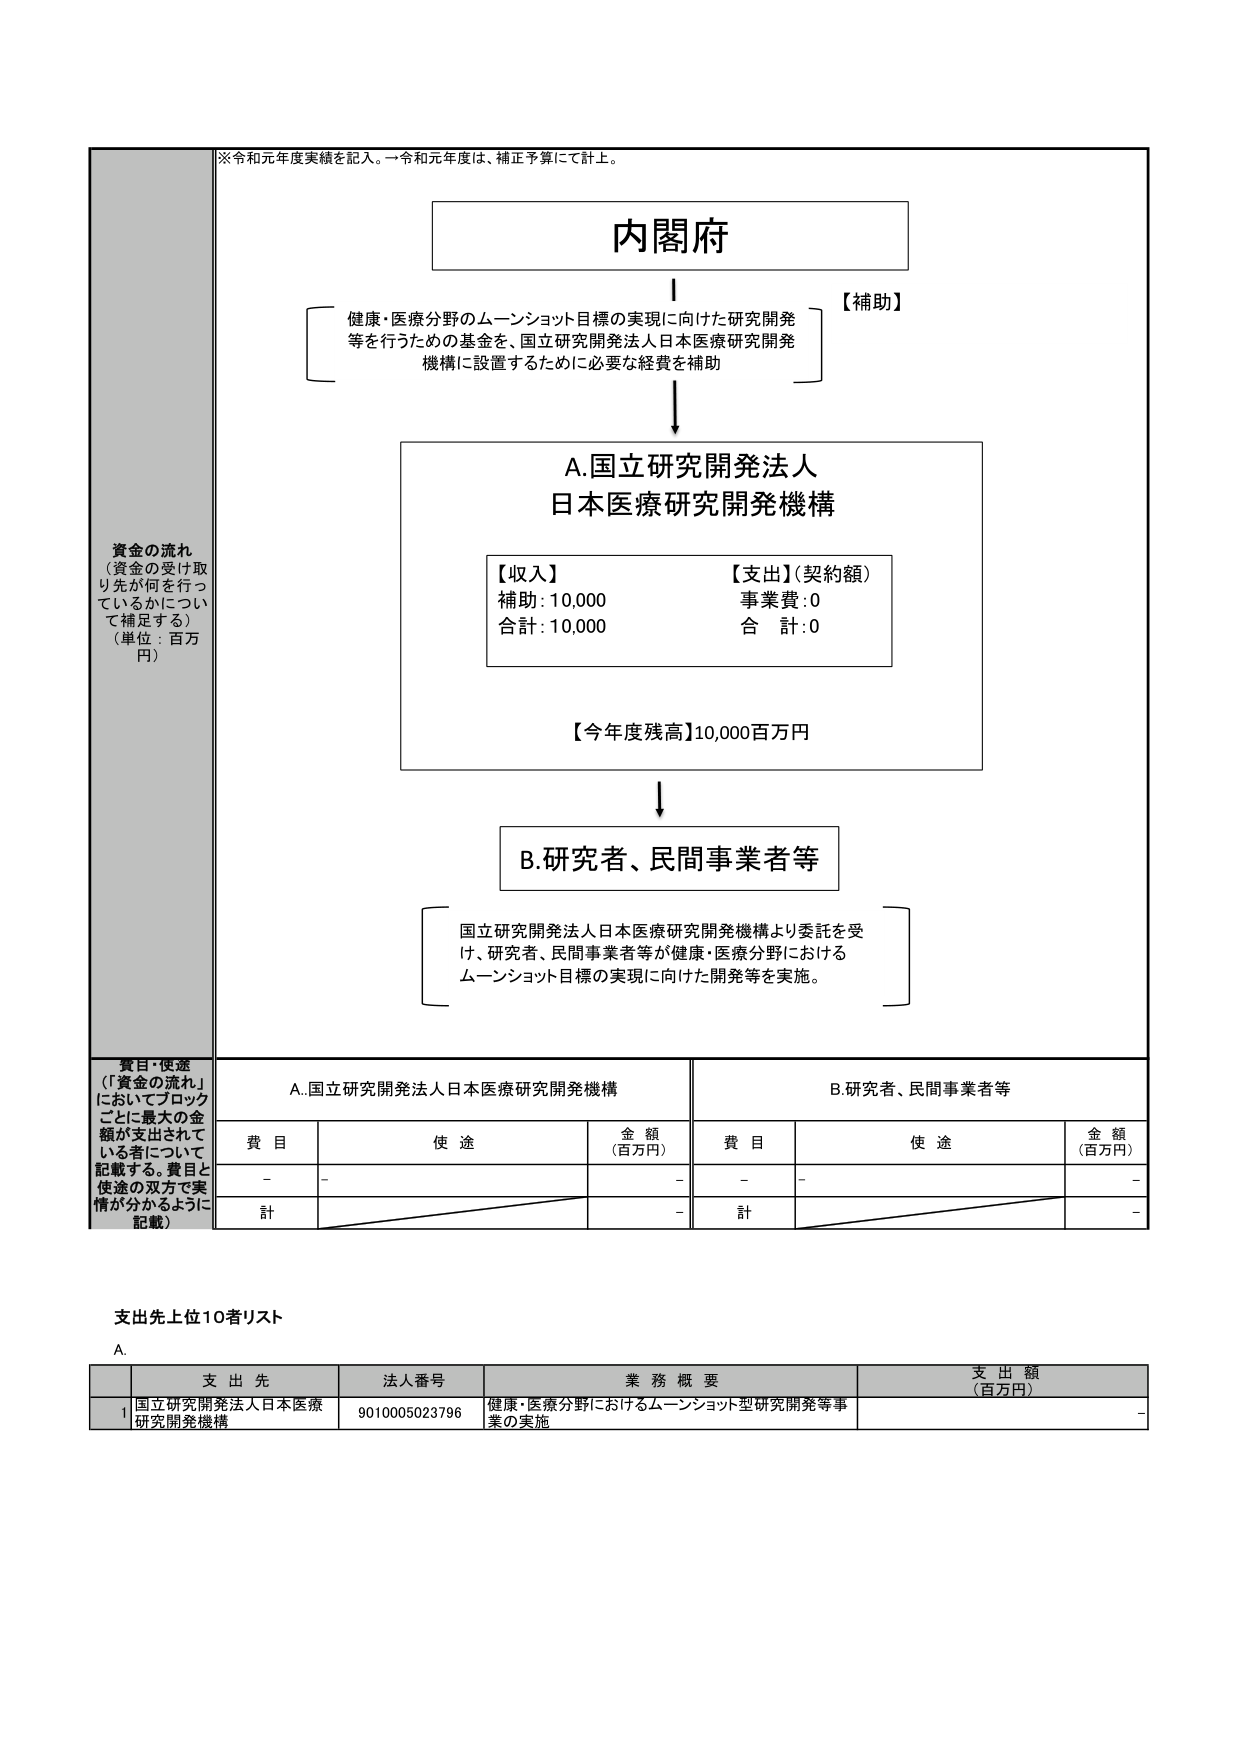
※令和元年度実績を記入。一令和元年度は、補正予算にて計上。

内閣府

【補助】
健康・医療分野のムーンショット目標の実現に向けた研究開発等を行うための基金を、国立研究開発法人日本医療研究開発機構に設置するために必要な経費を補助

A.国立研究開発法人
日本医療研究開発機構

【収入】
補助：10,000
合計：10,000

【支出】（契約額）
事業費：0
合 計：0

【今年度残高】10,000百万円

B.研究者、民間事業者等

国立研究開発法人日本医療研究開発機構より委託を受け、研究者、民間事業者等が健康・医療分野におけるムーンショット目標の実現に向けた開発等を実施。

資金の流れ
（資金の受け取り先が何を行っているかについて補足する）
（単位：百万円）

費目・使途
（「資金の流れ」においてブロックごとに最大の金額が支出されている者について記載する。費目と使途の双方で実情が分かるように記載）

A.国立研究開発法人日本医療研究開発機構
B.研究者、民間事業者等

費目　　使途　　金額（百万円）　　費目　　使途　　金額（百万円）
-　　-　　-　　-　　-　　-
計　　-　　計　　-

支出先上位10者リスト

A.

支 出 先　　法人番号　　業 務 概 要　　支 出 額（百万円）
1　国立研究開発法人日本医療研究開発機構　　9010005023796　　健康・医療分野におけるムーンショット型研究開発等事業の実施　　-